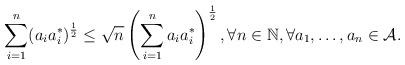
LaTeX: \begin{align*}\sum_{i=1}^{n}(a_ia_i^*)^\frac{1}{2}\leq \sqrt{n} \left(\sum_{i=1}^{n}a_ia_i^*\right)^\frac{1}{2}, \forall n \in \mathbb{N}, \forall a_1, \dots, a_n \in \mathcal{A}.\end{align*}